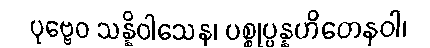
ပုဗ္ဗေဝ သန္နိဝါသေန၊ ပစ္စုပ္ပန္နဟိတေနဝါ၊